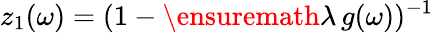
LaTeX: z_{1}(\omega)=(1-\ensuremath{\lambda}\, g(\omega))^{-1}